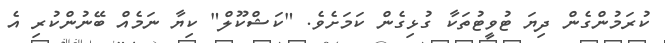
ކުރަމުންގެން ދިޔަ ޓުވީޓުތަކާ ގުޅިގެން ކަމަށެވެ. "ކަޝްކޫލް" ކިޔާ ނަމެއް ބޭނުންކުރި އެ